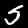
Digit: 5